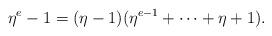
LaTeX: \begin{align*}\eta^e - 1 = (\eta -1) (\eta^{e-1}+ \dots + \eta +1).\end{align*}